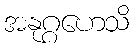
အနုဂ္ဂဟေသိ